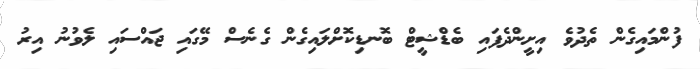
ފުންމައިގެން ތެދުވެ އިށީންދެފައި ބެޑްޝީޓް ބޮނޑިކޮށްލައިގެން ގެނެސް މޭގައި ޖައްސައި ލެވުނު އިރު